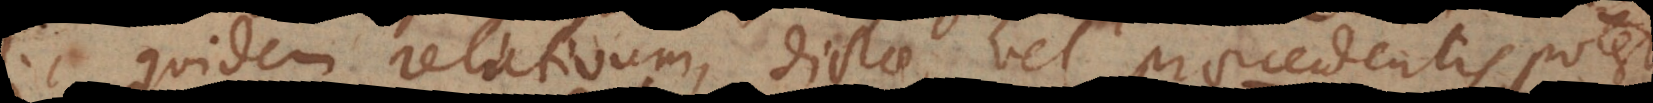
sic quidem relativum, dictae, vel praecedentis, potest